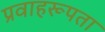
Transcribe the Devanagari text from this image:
प्रवाहरूपता